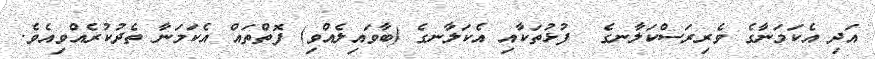
އަދި އެކަމަނާގެ ވެރިރަސްކަލާނގެ  ފުޅުތަކާއި އެކަލާނގެ (ބާވައިލެއްވި) ފޮތްތައް އެކަމަނާ ތެދުކުރެއްވިއެވެ.